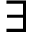
{ \exists }